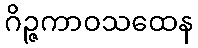
ဂိဉ္ဇကာဝသထေန